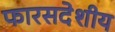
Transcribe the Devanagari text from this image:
फारसदेशीय